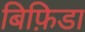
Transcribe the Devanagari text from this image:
बिफ़िडा